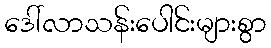
ဒေါ်လာသန်းပေါင်းများစွာ